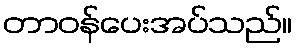
တာဝန်ပေးအပ်သည်။